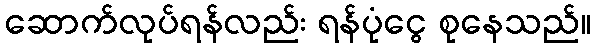
ဆောက်လုပ်ရန်လည်း ရန်ပုံငွေ စုနေသည်။